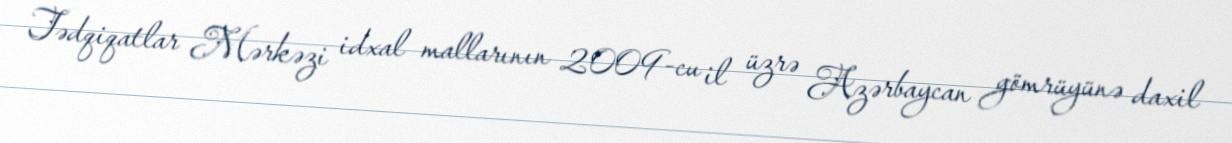
Tədqiqatlar Mərkəzi idxal mallarının 2009-cu il üzrə Azərbaycan gömrüyünə daxil